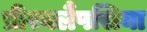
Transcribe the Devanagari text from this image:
प्रीरक्लैंपसिया